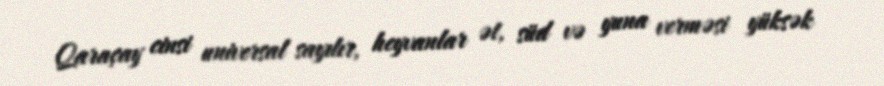
Qaraçay cinsi universal sayılır, heyvanlar ət, süd və yuna verməsi yüksək